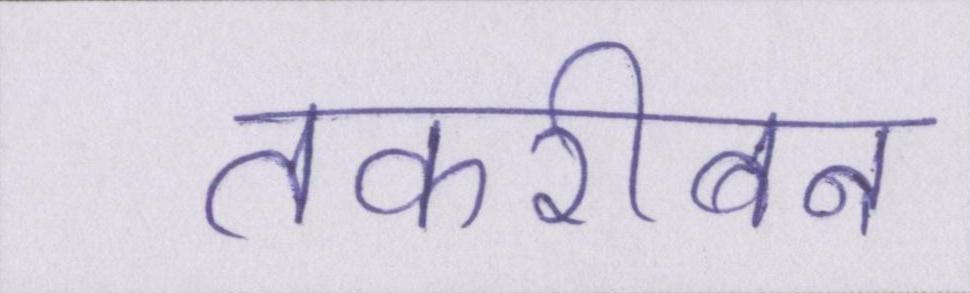
तकरीबन